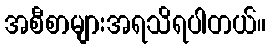
အစီစာများအရသိရပါတယ်။